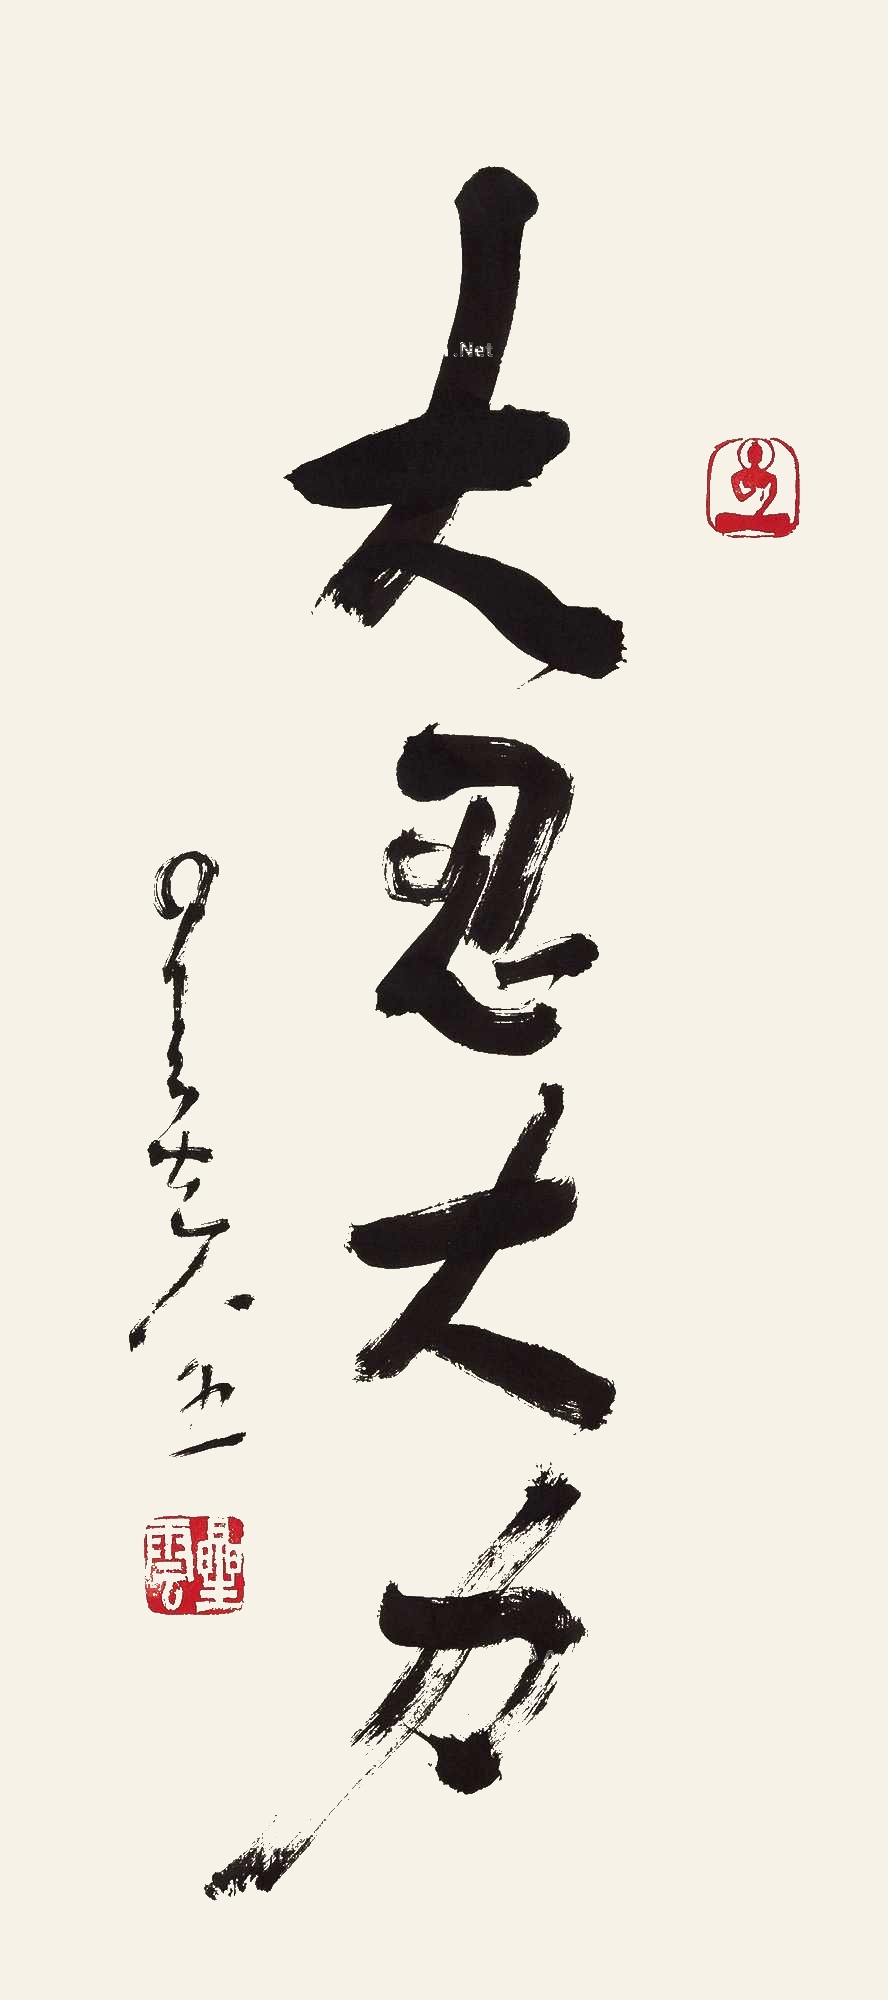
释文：大忍大力。星云八五。